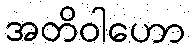
အတိဝါဟော